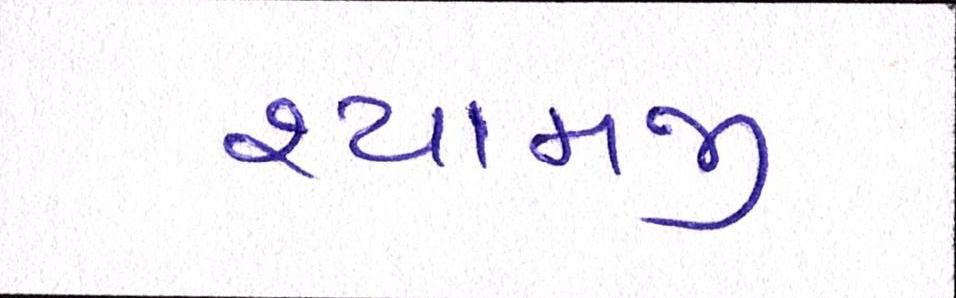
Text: શ્યામજી